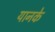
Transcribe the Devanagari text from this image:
यानके